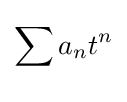
\sum _{}^{}a_{n}t^{n}